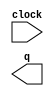
// megafunction wizard: %LPM_COUNTER%VBB%
// GENERATION: STANDARD
// VERSION: WM1.0
// MODULE: LPM_COUNTER 

// ============================================================
// Megafunction Name(s):
// 			LPM_COUNTER
//
// Simulation Library Files(s):
// 			lpm
// ============================================================
// ************************************************************
// THIS IS A WIZARD-GENERATED FILE. DO NOT EDIT THIS FILE!
//
// 17.0.0 Build 595 04/25/2017 SJ Lite Edition
// ************************************************************

//Copyright (C) 2017  Intel Corporation. All rights reserved.
//Your use of Intel Corporation's design tools, logic functions 
//and other software and tools, and its AMPP partner logic 
//functions, and any output files from any of the foregoing 
//(including device programming or simulation files), and any 
//associated documentation or information are expressly subject 
//to the terms and conditions of the Intel Program License 
//Subscription Agreement, the Intel Quartus Prime License Agreement,
//the Intel MegaCore Function License Agreement, or other 
//applicable license agreement, including, without limitation, 
//that your use is for the sole purpose of programming logic 
//devices manufactured by Intel and sold by Intel or its 
//authorized distributors.  Please refer to the applicable 
//agreement for further details.

module counter (
	clock,
	q);

	input	  clock;
	output	[24:0]  q;

endmodule

// ============================================================
// CNX file retrieval info
// ============================================================
// Retrieval info: PRIVATE: ACLR NUMERIC "0"
// Retrieval info: PRIVATE: ALOAD NUMERIC "0"
// Retrieval info: PRIVATE: ASET NUMERIC "0"
// Retrieval info: PRIVATE: ASET_ALL1 NUMERIC "1"
// Retrieval info: PRIVATE: CLK_EN NUMERIC "0"
// Retrieval info: PRIVATE: CNT_EN NUMERIC "0"
// Retrieval info: PRIVATE: CarryIn NUMERIC "0"
// Retrieval info: PRIVATE: CarryOut NUMERIC "0"
// Retrieval info: PRIVATE: Direction NUMERIC "0"
// Retrieval info: PRIVATE: INTENDED_DEVICE_FAMILY STRING "Cyclone IV E"
// Retrieval info: PRIVATE: ModulusCounter NUMERIC "0"
// Retrieval info: PRIVATE: ModulusValue NUMERIC "10000"
// Retrieval info: PRIVATE: SCLR NUMERIC "0"
// Retrieval info: PRIVATE: SLOAD NUMERIC "0"
// Retrieval info: PRIVATE: SSET NUMERIC "0"
// Retrieval info: PRIVATE: SSET_ALL1 NUMERIC "1"
// Retrieval info: PRIVATE: SYNTH_WRAPPER_GEN_POSTFIX STRING "0"
// Retrieval info: PRIVATE: nBit NUMERIC "25"
// Retrieval info: PRIVATE: new_diagram STRING "1"
// Retrieval info: LIBRARY: lpm lpm.lpm_components.all
// Retrieval info: CONSTANT: LPM_DIRECTION STRING "UP"
// Retrieval info: CONSTANT: LPM_PORT_UPDOWN STRING "PORT_UNUSED"
// Retrieval info: CONSTANT: LPM_TYPE STRING "LPM_COUNTER"
// Retrieval info: CONSTANT: LPM_WIDTH NUMERIC "25"
// Retrieval info: USED_PORT: clock 0 0 0 0 INPUT NODEFVAL "clock"
// Retrieval info: USED_PORT: q 0 0 25 0 OUTPUT NODEFVAL "q[24..0]"
// Retrieval info: CONNECT: @clock 0 0 0 0 clock 0 0 0 0
// Retrieval info: CONNECT: q 0 0 25 0 @q 0 0 25 0
// Retrieval info: GEN_FILE: TYPE_NORMAL counter.v TRUE
// Retrieval info: GEN_FILE: TYPE_NORMAL counter.inc FALSE
// Retrieval info: GEN_FILE: TYPE_NORMAL counter.cmp FALSE
// Retrieval info: GEN_FILE: TYPE_NORMAL counter.bsf FALSE
// Retrieval info: GEN_FILE: TYPE_NORMAL counter_inst.v FALSE
// Retrieval info: GEN_FILE: TYPE_NORMAL counter_bb.v TRUE
// Retrieval info: LIB_FILE: lpm